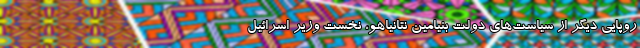
روپایی دیگر از سیاست‌های دولت بنیامین نتانیاهو، نخست وزیر اسرائیل